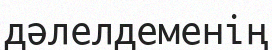
дәлелдеменің